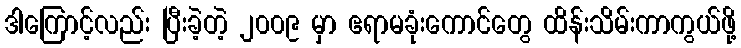
ဒါကြောင့်လည်း ပြီးခဲ့တဲ့ ၂၀၀၉ မှာ ဧရာမခုံးကောင်တွေ ထိန်းသိမ်းကာကွယ်ဖို့